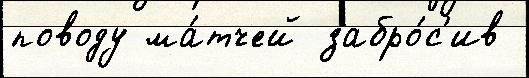
поводу ма́тчей забро́с'ив